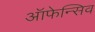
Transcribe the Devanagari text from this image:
ऑफेन्सिव